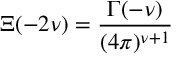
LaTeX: \Xi ( - 2 \nu ) = \frac { \Gamma ( - \nu ) } { ( 4 \pi ) ^ { \nu + 1 } } \;